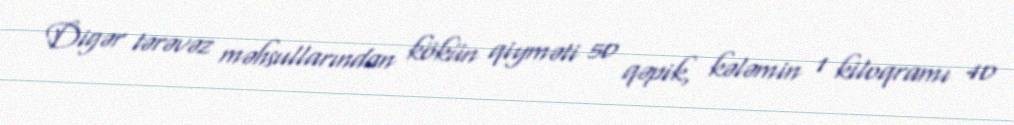
Digər tərəvəz məhsullarından kökün qiyməti 50 qəpik, kələmin 1 kiloqramı 40